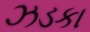
ઝડકા